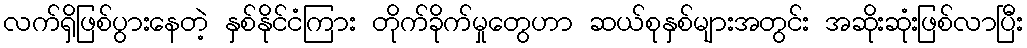
လက်ရှိဖြစ်ပွားနေတဲ့ နှစ်နိုင်ငံကြား တိုက်ခိုက်မှုတွေဟာ ဆယ်စုနှစ်များအတွင်း အဆိုးဆုံးဖြစ်လာပြီး